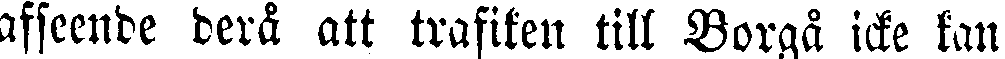
afseende derå att trafiken till Borgå icke kan